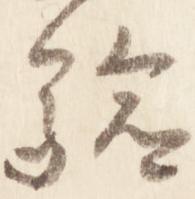
験